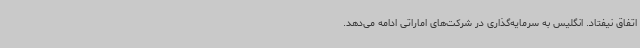
اتفاق نیفتاد. انگلیس به سرمایه‌گذاری در شرکت‌های اماراتی ادامه می‌دهد.